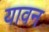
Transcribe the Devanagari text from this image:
यावन